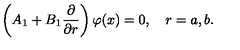
\left( A _ { 1 } + B _ { 1 } \frac { \partial } { \partial r } \right) \varphi ( x ) = 0 , \quad r = a , b .